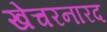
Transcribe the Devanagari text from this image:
खेचरनारद